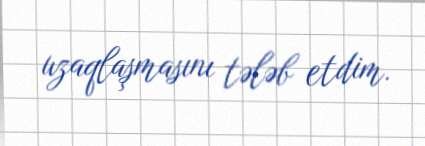
uzaqlaşmasını tələb etdim.